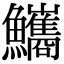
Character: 𩽨